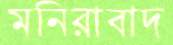
মনিরাবাদ